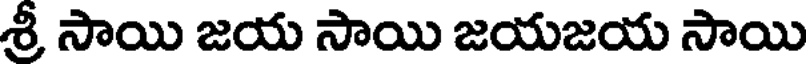
శ్రీ సాయి జయ సాయి జయజయ సాయి